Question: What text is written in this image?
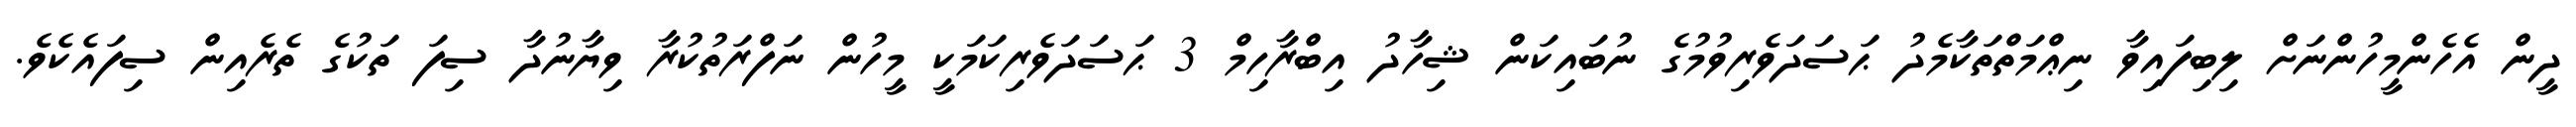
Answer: ދީން އެހެންމީހުންނަށް ލިބިފައިވާ ނިޢްމަތްތަކާމެދު ޙަސަދަވެރިވުމުގެ ނުބައިކަން ޝިހާދު އިބްރާހިމް 3 ޙަސަދަވެރިކަމަކީ މީހުން ނަފްރަތުކުރާ ވިޔާނުދާ ސިފަ ތަކުގެ ތެރެއިން ސިފައެކެވެ.